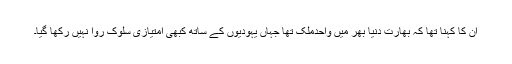
ان کا کہنا تھا کہ بھارت دنیا بھر میں واحدملک تھا جہاں یہودیوں کے ساتھ کبھی امتیازی سلوک روا نہیں رکھا گیا۔